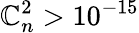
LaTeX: \mathbb{C}_{n}^{2}>10^{-15}